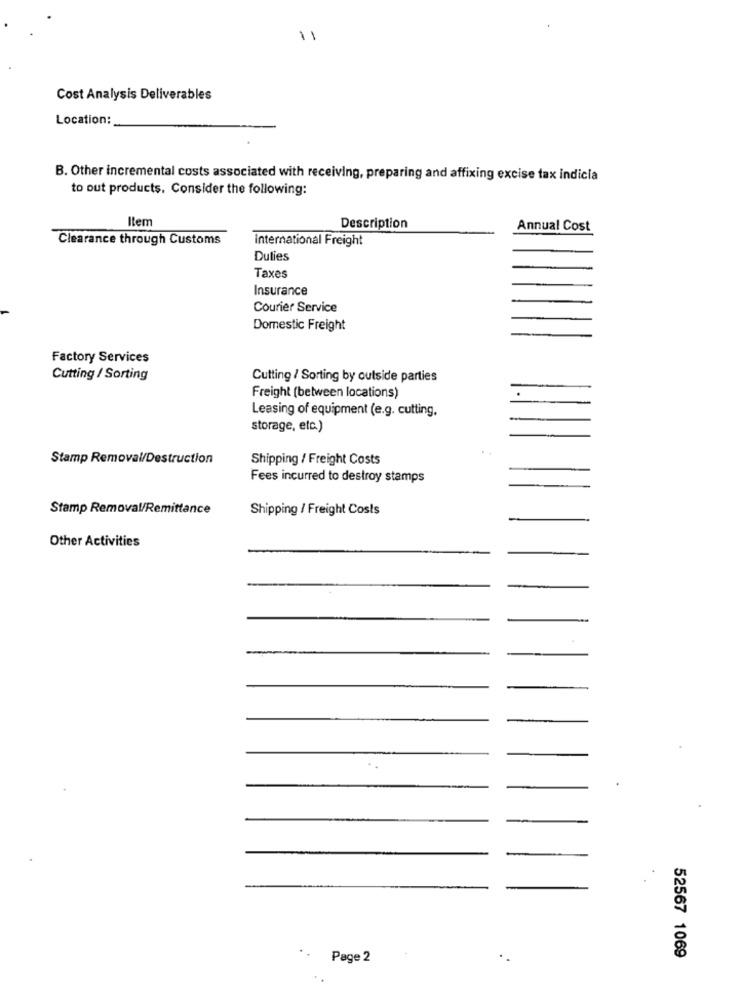
11
Cost Analysis Deliverables
Location:
B. Other incremental costs associated with receiving, preparing and affixing excise tax indicia
to out products. Consider the following:
Item
Description
Annual Cost
Clearance through Customs
International Freight
Duties
Taxes
Insurance
Courier Service
Domestic Freight
Factory Services
Cutting / Sorting
Cutting / Sorting by outside parties
Freight (between locations)
Leasing of equipment (e.g. cutting,
storage, etc.)
Stamp Removal/Destruction
Shipping / Freight Costs
Fees incurred to destroy stamps
Stamp Removal/Remittance
Shipping / Freight Costs
Other Activities
Page 2
52567 1069